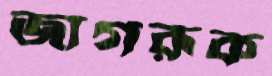
জাগরূক